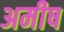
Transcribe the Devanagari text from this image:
अमीष